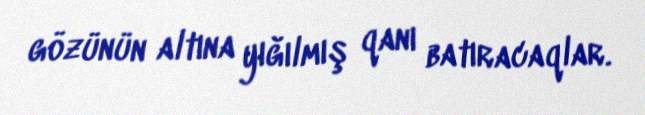
gözünün altına yığılmış qanı batıracaqlar.